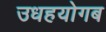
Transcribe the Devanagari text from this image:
उधहयोगब